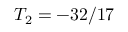
T _ { 2 } = - 3 2 / 1 7